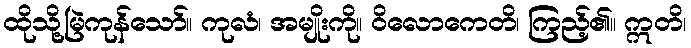
ထိုသို့မြဲကုန်သော်။ ကုလံ၊ အမျိုးကို။ ဝိလောကေတိ၊ ကြည့်၏။ ဣတိ၊